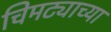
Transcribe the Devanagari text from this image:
चिमट्याच्या